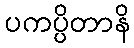
ပကပ္ပိတာနိ